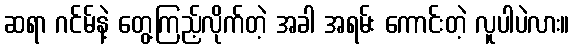
ဆရာ ဂင်မ်နဲ့ တွေ့ကြည့်လိုက်တဲ့ အခါ အရမ်း ကောင်းတဲ့ လူပါပဲလား။